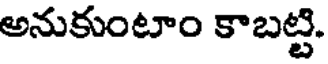
అనుకుంటాం కాబట్టి.